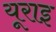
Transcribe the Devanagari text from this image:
यूराइ